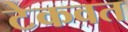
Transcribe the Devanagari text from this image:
टेकवत